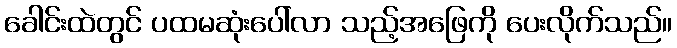
ခေါင်းထဲတွင် ပထမဆုံးပေါ်လာ သည့်အဖြေကို ပေးလိုက်သည်။